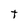
Character: t